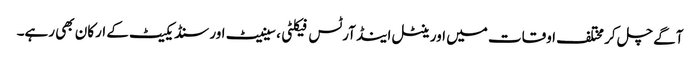
آگے چل کر مختلف اوقات میں اورینٹل اینڈ آرٹس فیکلٹی، سینیٹ اور سنڈیکیٹ کے ارکان بھی رہے۔